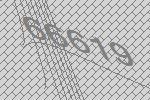
66619